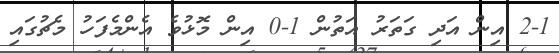
2-1 އިން އަދި ގަތަރު އަތުން 1-0 އިން މޮޅުވެ އެންމެފަހު މެޗުގައި